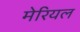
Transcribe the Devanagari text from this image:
मेरियल